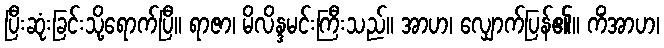
ပြီးဆုံးခြင်းသို့ရောက်ပြီ။ ရာဇာ၊ မိလိန္ဒမင်းကြီးသည်။ အာဟ၊ လျှောက်ပြန်၏။ ကိံအာဟ၊